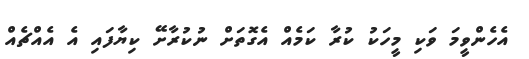
އެހެންވީމަ ވަކި މީހަކު ކުރާ ކަމެއް އެގޮތަށް ނުކުރާށޭ ކިޔާފައި އެ އެއްޗެއް